Rangoon Lunatic Asylum 1898-1906 - 1898-1906
Year: 1898
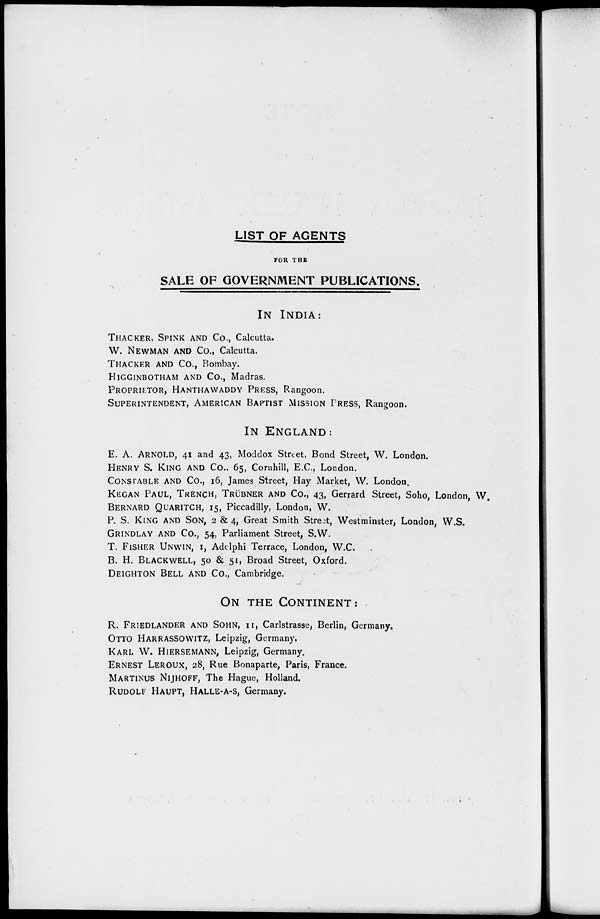
LIST OF AGENTS
FOR THE
SALE OF GOVERNMENT PUBLICATIONS.
IN INDIA:
THACKER, SPINK AND CO., Calcutta.
W.NEWMAN AND CO., Calcutta.
THACKER AND CO., Bombay.
HIGGINBOTHAM AND CO., Madras.
PROPRIETOR, HANTHAWADDY PRESS, Rangoon.
SUPERINTENDENT, AMERICAN BAPTIST MISSION PRESS, Rangoon.
IN ENGLAND:
E. A. ARNOLD, 41 and 43, Moddox Street, Bond Street, W. London.
HENRY S.KING AND CO.. 65, Cornhill, E.C., London.
CONSTABLE AND CO., 16, James Street, Hay Market, W. London.
KEGAN PAUL, TRENCH, TRÜBNER AND CO., 43, Gerrard Street, Soho, London, W.
BERNARD QUARITCH, 15, Piccadilly, London, W.
P. S. KING AND SON, 2 & 4, Great Smith Street, Westminster, London, W.S.
GRINDLAY AND CO., 54, Parliament Street, S.W.
T. FISHER UNWIN,1, Adelphi Terrace, London, W.C.
B. H. BLACKWELL, 50 & 51, Broad Street, Oxford.
DEIGHTON BELL AND CO., Cambridge.
ON THE CONTINENT:
R.FRIEDLANDER AND SOHN, 11, Carlstrasse, Berlin, Germany.
OTTO HARRASSOWITZ, Leipzig, Germany.
KARL W. HIERSEMANN, Leipzig, Germany.
ERNEST LEROUX, 28, Rue Bonaparte, Paris, France.
MARTINUS NIJHOFF, The Hague, Holland.
RUDOLF HAUPT, HALLE-A-S, Germany.